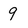
Character: 9